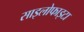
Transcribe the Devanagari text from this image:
साइलोफाइटा